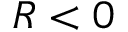
R < 0